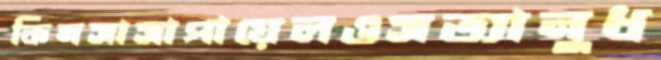
কিনসাসাপায়েলওসত্যানুধ